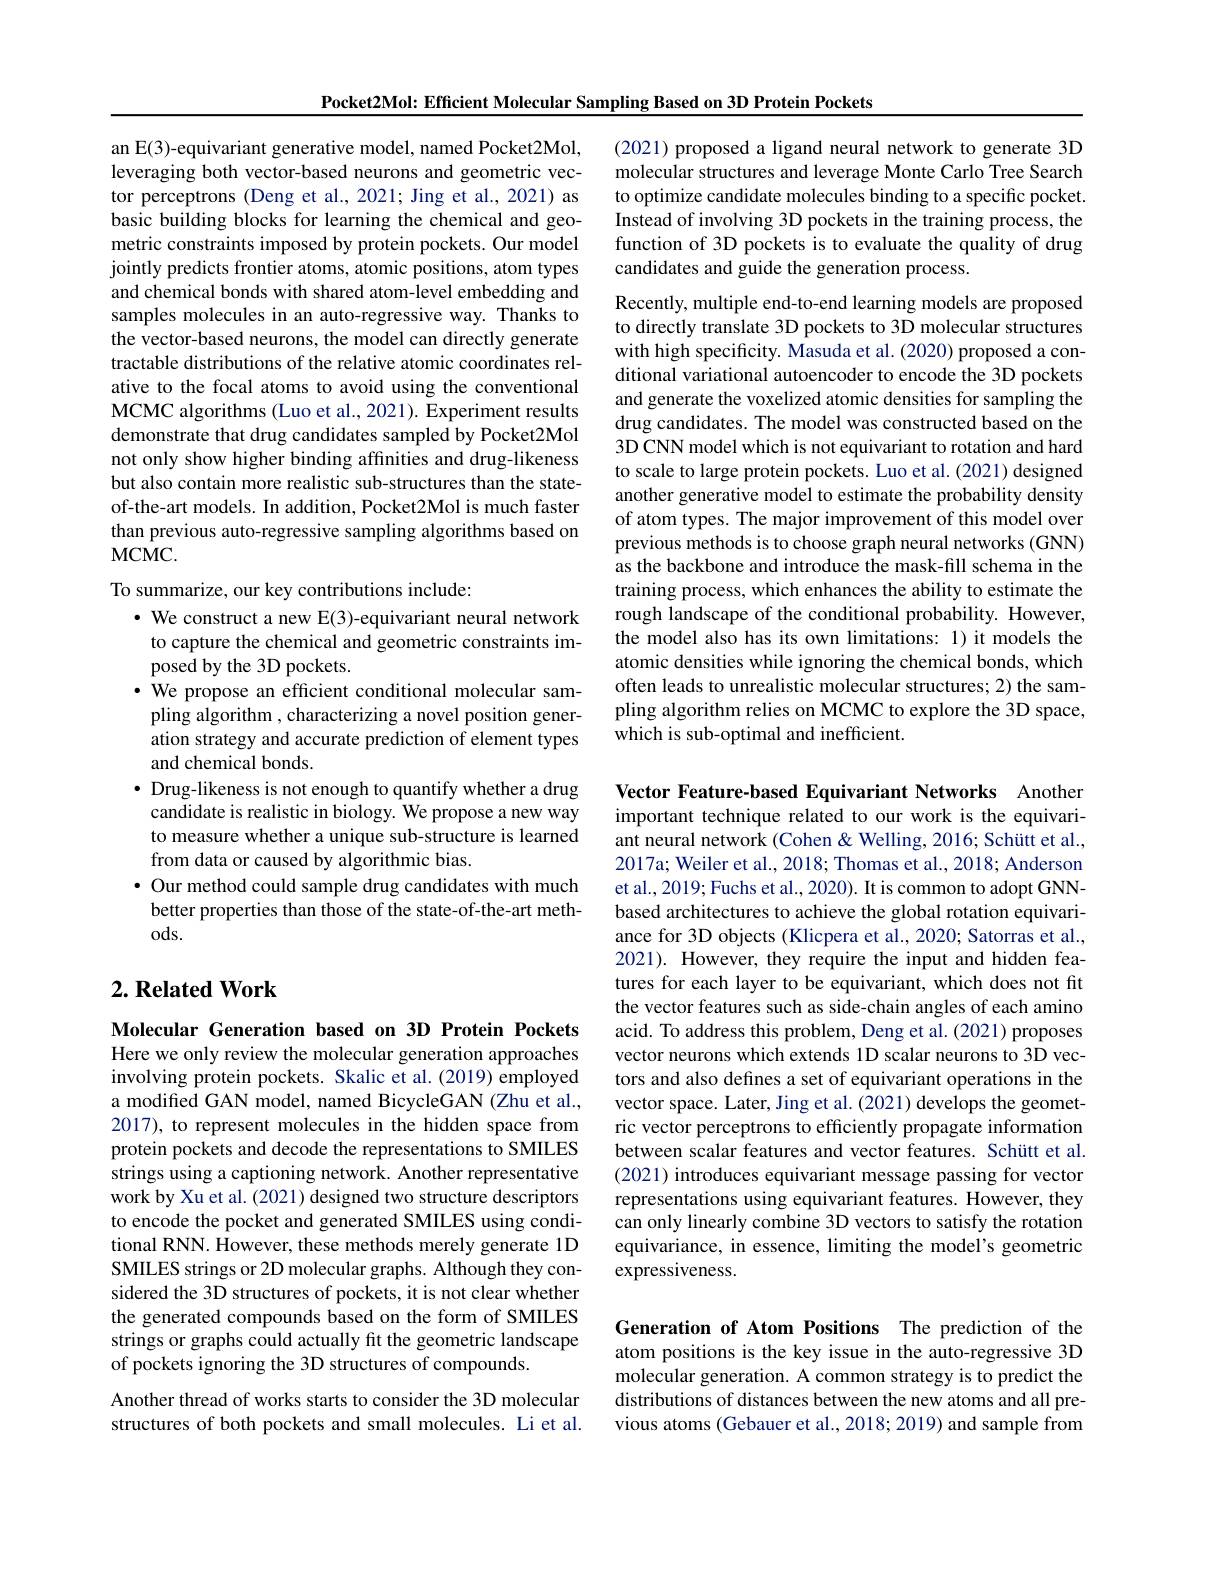
Pocket2Mol: Efficient Molecular Sampling Based on 3D Protein Pockets

an E(3)-equivariant generative model, named Pocket2Mol, leveraging both vector-based neurons and geometric vector perceptrons (Deng et al., 2021; Jing et al., 2021) as basic building blocks for learning the chemical and geometric constraints imposed by protein pockets. Our model jointly predicts frontier atoms, atomic positions, atom types and chemical bonds with shared atom-level embedding and samples molecules in an auto-regressive way. Thanks to the vector-based neurons, the model can directly generate tractable distributions of the relative atomic coordinates relative to the focal atoms to avoid using the conventional MCMC algorithms (Luo et al., 2021). Experiment results demonstrate that drug candidates sampled by Pocket2Mol not only show higher binding affinities and drug-likeness but also contain more realistic sub-structures than the stateof-the-art models. In addition, Pocket2Mol is much faster than previous auto-regressive sampling algorithms based on $MCMC.$

To summarize, our key contributions include:
$\cdot$ We construct a new E(3)-equivariant neural network to capture the chemical and geometric constraints imposed by the 3D pockets.
$\cdot$ We propose an efficient conditional molecular sampling algorithm , characterizing a novel position generation strategy and accurate prediction of element types and chemical bonds.
· Drug-likeness is not enough to quantify whether a drug candidate is realistic in biology. We propose a new way to measure whether a unique sub-structure is learned from data or caused by algorithmic bias.
$\bullet$ Our method could sample drug candidates with much better properties than those of the state-of-the-art methods.

## $2. \textbf{Related Work}$

Molecular Generation based on 3D Protein Pockets

Here we only review the molecular generation approaches involving protein pockets. Skalic et al. (2019) employed a modifed GAN model, named BicycleGAN (Zhu et al., 2017), to represent molecules in the hidden space from protein pockets and decode the representations to SMILES strings using a captioning network. Another representative work by Xu et al. (2021) designed two structure descriptors to encode the pocket and generated SMILES using conditional RNN. However, these methods merely generate 1D SMILES strings or 2D molecular graphs. Although they considered the 3D structures of pockets, it is not clear whether the generated compounds based on the form of SMILES strings or graphs could actually fit the geometric landscape of pockets ignoring the 3D structures of compounds.

Another thread of works starts to consider the 3D molecular structures of both pockets and small molecules. Li et al.

(2021) proposed a ligand neural network to generate 3D molecular structures and leverage Monte Carlo Tree Search to optimize candidate molecules binding to a specific pocket. Instead of involving 3D pockets in the training process, the function of 3D pockets is to evaluate the quality of drug candidates and guide the generation process.

Recently, multiple end-to-end learning models are proposed to directly translate 3D pockets to 3D molecular structures with high specificity. Masuda et al. (2020) proposed a conditional variational autoencoder to encode the 3D pockets and generate the voxelized atomic densities for sampling the drug candidates. The model was constructed based on the 3D CNN model which is not equivariant to rotation and hard to scale to large protein pockets. Luo et al. (2021) designed another generative model to estimate the probability density of atom types. The major improvement of this model over previous methods is to choose graph neural networks (GNN) as the backbone and introduce the mask-fill schema in the training process, which enhances the ability to estimate the rough landscape of the conditional probability. However, the model also has its own limitations: 1) it models the atomic densities while ignoring the chemical bonds, which often leads to unrealistic molecular structures; 2) the sampling algorithm relies on MCMC to explore the 3D space, which is sub-optimal and inefficient.

Vector Feature-based Equivariant Networks Another important technique related to our work is the equivariant neural network (Cohen & Welling, 2016; Schütt et al., 2017a; Weiler et al., 2018; Thomas et al., 2018; Anderson et al., 2019; Fuchs et al., 2020). It is common to adopt GNNbased architectures to achieve the global rotation equivariance for 3D objects (Klicpera et al., 2020; Satorras et al., 2021). However, they require the input and hidden features for each layer to be equivariant, which does not fit the vector features such as side-chain angles of each amino acid. To address this problem, Deng et al.(2021) proposes vector neurons which extends 1D scalar neurons to 3D vectors and also defines a set of equivariant operations in the vector space. Later, Jing et al. (2021) develops the geometric vector perceptrons to efficiently propagate information between scalar features and vector features. Schütt et al. (2021) introduces equivariant message passing for vector representations using equivariant features. However, they can only linearly combine 3D vectors to satisfy the rotation equivariance, in essence, limiting the model's geometric expressiveness.

Generation of Atom Positions The prediction of the atom positions is the key issue in the auto-regressive 3D molecular generation. A common strategy is to predict the distributions of distances between the new atoms and all previous atoms (Gebauer et al., 2018; 2019) and sample from